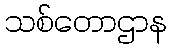
သစ်တောဌာန